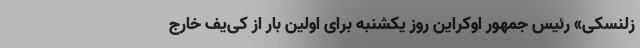
زلنسکی» رئیس جمهور اوکراین روز یکشنبه برای اولین بار از کی‌یف خارج